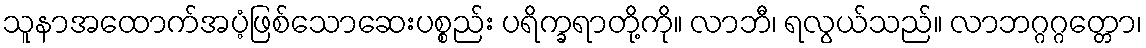
သူနာအထောက်အပံ့ဖြစ်သောဆေးပစ္စည်း ပရိက္ခရာတို့ကို။ လာဘီ၊ ရလွယ်သည်။ လာဘဂ္ဂဂ္ဂတ္တော၊